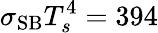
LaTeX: \sigma_{\mathrm{SB}}T_{s}^{4}=394